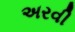
અરવી